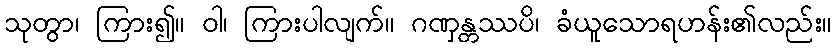
သုတွာ၊ ကြား၍။ ဝါ၊ ကြားပါလျက်။ ဂဏှန္တဿပိ၊ ခံယူသောရဟန်း၏လည်း။